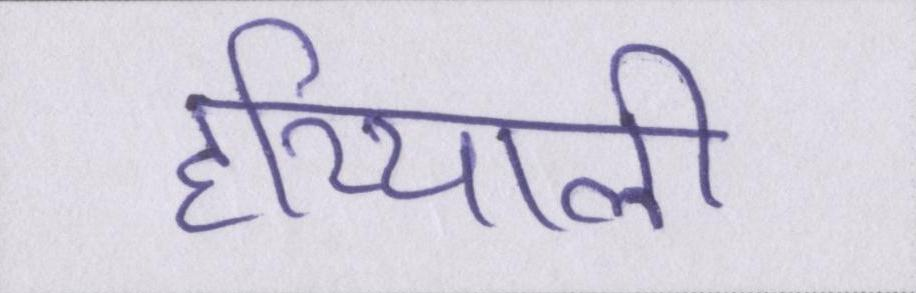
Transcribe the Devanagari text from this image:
हरियाली